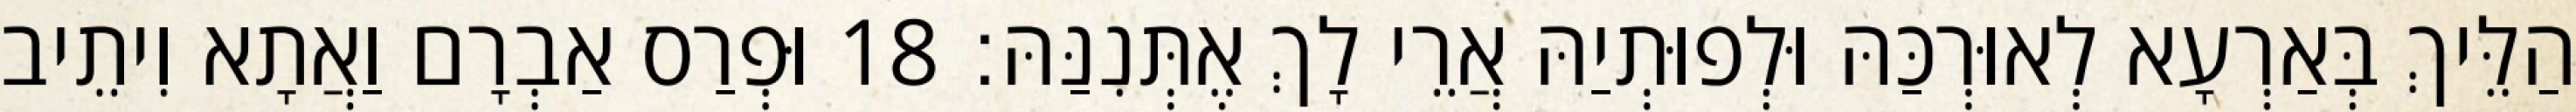
הַלֵּיךְ בְּאַרְעָא לְאוּרְכַּהּ וּלְפוּתְיַהּ אֲרֵי לָךְ אֶתְּנִנַּהּ׃ 18 וּפְרַס אַבְרָם וַאֲתָא וִיתֵיב